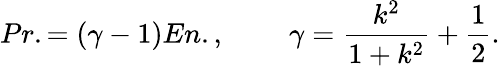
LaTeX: Pr.=(\gamma-1)En.,\; \; \; \; \; \; \; \; \gamma=\frac{k^{2}}{1+k^{2}}+\frac{1}{2}.